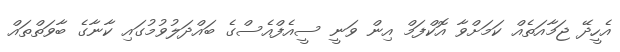
އެހީދޭ ޖަމާއަތެއް ކަމަށްވާ އޮކްފަމް އިން ވަނީ ސީއެފްއެސްގެ ބައްދަލުވުމުގައި ކާނާގެ ބާވަތްތައް